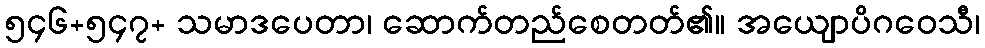
၅၄၆+၅၄၇+ သမာဒပေတာ၊ ဆောက်တည်စေတတ်၏။ အယျောပိဂဝေသီ၊